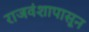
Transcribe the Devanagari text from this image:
राजवंशापासून